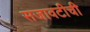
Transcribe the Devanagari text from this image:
सजावटीची